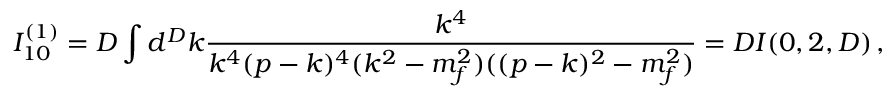
I _ { 1 0 } ^ { ( 1 ) } = D \int d ^ { D } k \frac { k ^ { 4 } } { k ^ { 4 } ( p - k ) ^ { 4 } ( k ^ { 2 } - m _ { f } ^ { 2 } ) ( ( p - k ) ^ { 2 } - m _ { f } ^ { 2 } ) } = D I ( 0 , 2 , D ) \, ,